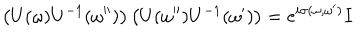
\left( U ( \omega ) U ^ { - 1 } ( \omega ^ { \prime \prime } ) \right) \left( U ( \omega ^ { \prime \prime } ) U ^ { - 1 } ( \omega ^ { \prime } ) \right) = \mathrm { e } ^ { i \sigma ( \omega , \omega ^ { \prime } ) } I